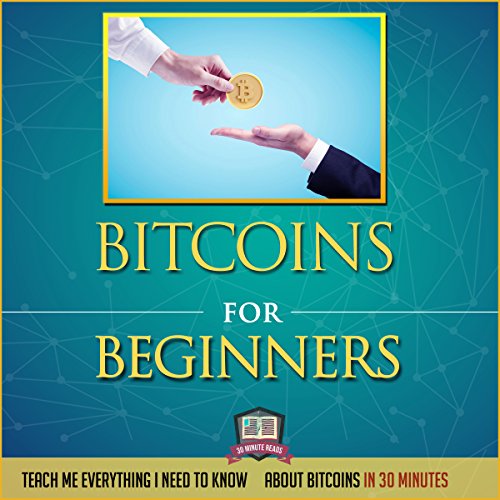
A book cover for Bitcoins for Beginners: Teach Me Everything I Need to Know about Bitcoins in 30 Minutes;  30 Minute Reads; Computers & Technology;